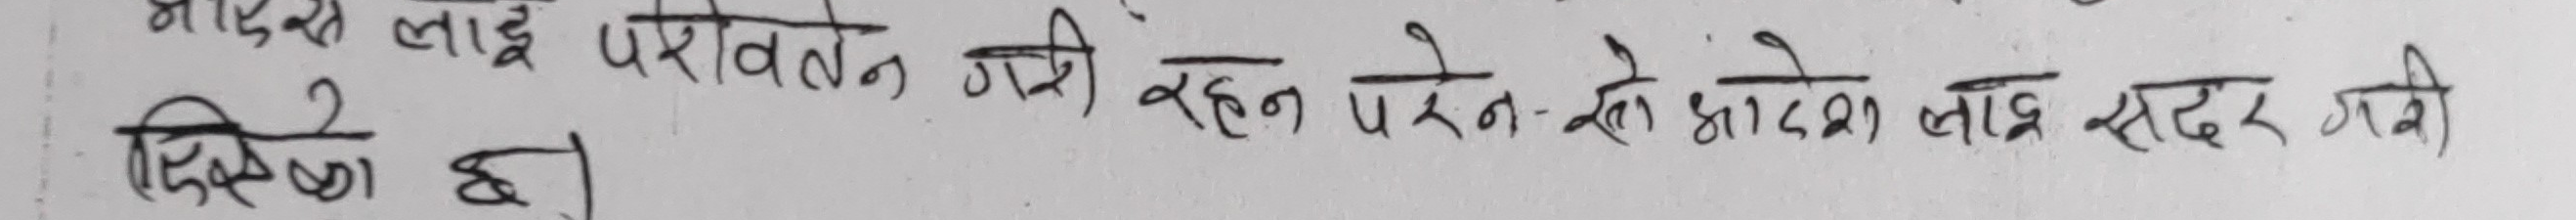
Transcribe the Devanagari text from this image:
आदेश लाई परिवर्तन गरी रहन पर्ने हो आदेश लाई रद्द गर्ने प्रक्रिया छ।